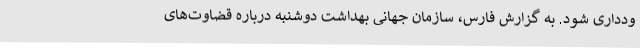
ودداری شود. به گزارش فارس، سازمان جهانی بهداشت دوشنبه درباره قضاوت‌های